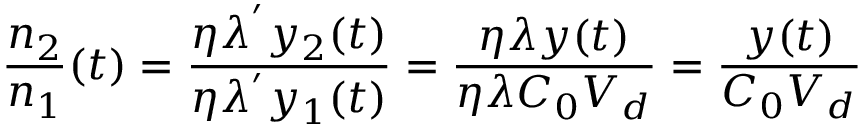
\frac { n _ { 2 } } { n _ { 1 } } ( t ) = \frac { \eta \lambda ^ { ' } y _ { 2 } ( t ) } { \eta \lambda ^ { ' } y _ { 1 } ( t ) } = \frac { \eta \lambda y ( t ) } { \eta \lambda C _ { 0 } V _ { d } } = \frac { y ( t ) } { C _ { 0 } V _ { d } }